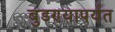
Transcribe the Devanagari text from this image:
बुडण्यापर्यंत